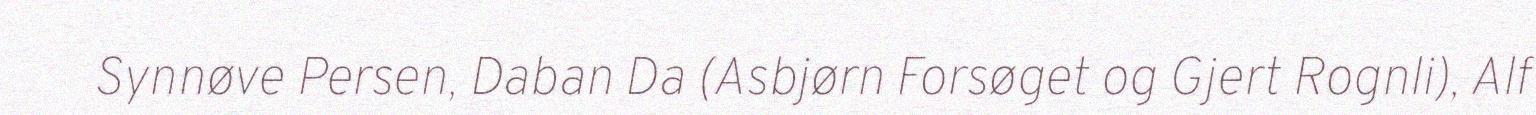
Synnøve Persen, Daban Da (Asbjørn Forsøget og Gjert Rognli), Alf